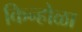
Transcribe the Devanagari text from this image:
किन्होळा